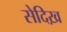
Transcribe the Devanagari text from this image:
सेदिख़